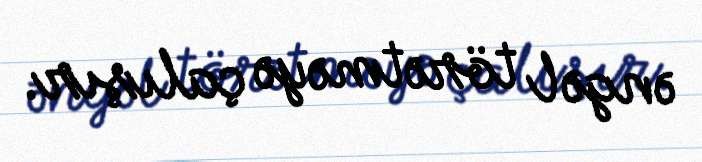
əngəl törətməyə çalışır.